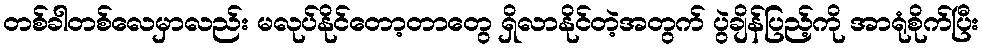
တစ်ခါတစ်လေမှာလည်း မလုပ်နိုင်တော့တာတွေ ရှိလာနိုင်တဲ့အတွက် ပွဲချိန်ပြည့်ကို အာရုံစိုက်ပြီး